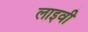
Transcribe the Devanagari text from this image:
लाइवी